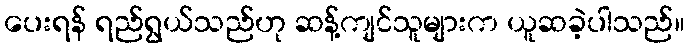
ပေးရန် ရည်ရွယ်သည်ဟု ဆန့်ကျင်သူများက ယူဆခဲ့ပါသည်။